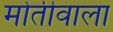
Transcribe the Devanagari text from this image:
मोतीवाला